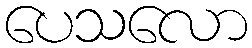
ပေသလော